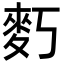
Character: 𪋽